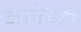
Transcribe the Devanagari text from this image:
जागेवार